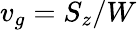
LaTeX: v_{g}=S_{z}/W